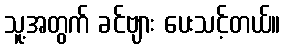
သူ့အတွက် ခင်ဗျား ပေးသင့်တယ်။